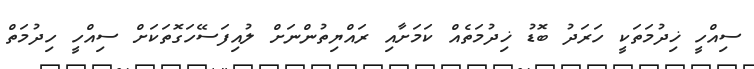
ސިއްހީ ޚިދުމަތަކީ ހަރަދު ބޮޑު ޚިދުމަތެއް ކަމަށާއި ރައްޔިތުންނަށް ލުއިފަސޭހަގޮތަކަށް ސިއްހީ ހިދުމަތް